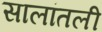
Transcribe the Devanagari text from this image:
सालांतली